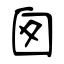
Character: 囱